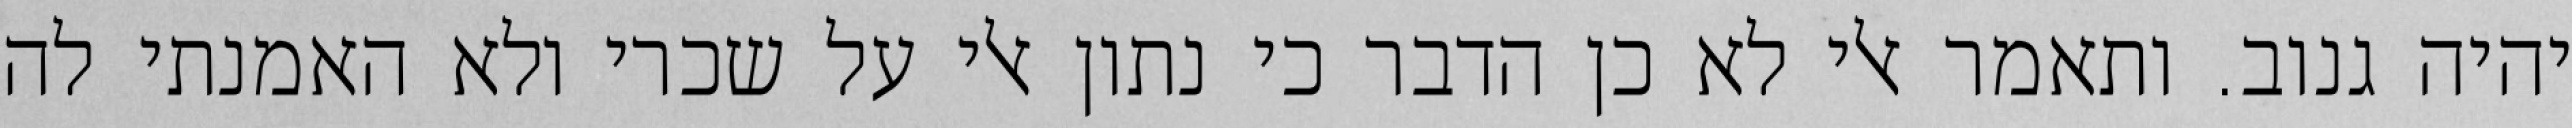
יהיה גנוב. ותאמר אלי לא כן הדבר כי נתון אלי על שכרי ולא האמנתי לה